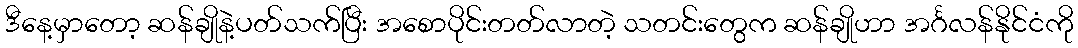
ဒီနေ့မှာတော့ ဆန်ချိုနဲ့ပတ်သက်ပြီး အစောပိုင်းတတ်လာတဲ့ သတင်းတွေက ဆန်ချိုဟာ အင်္ဂလန်နိုင်ငံကို